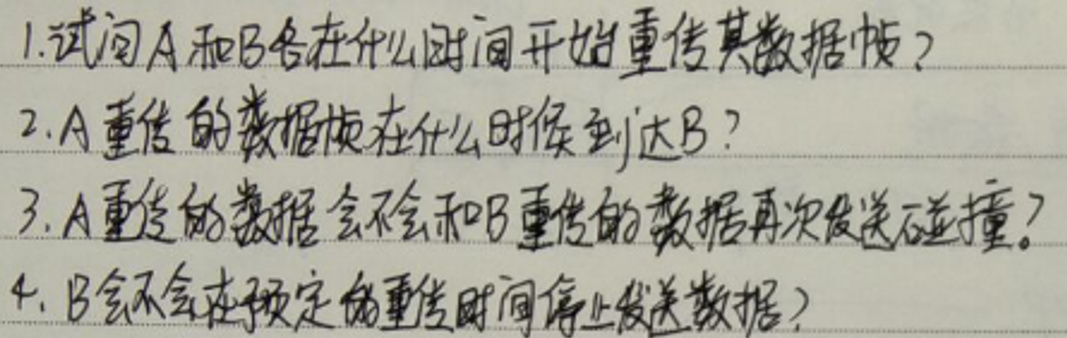
1. 试问A和B各在什么时间开始重传其数据帧？
2. A重传的数据帧在什么时刻到达B？
3. A重传的数据会不会和B重传的数据再次发送送碰撞？
4. B会不会在预定的重传时间停止发送数据？